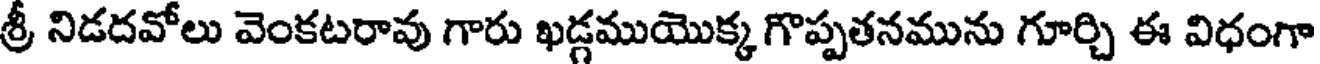
శ్రీ నిడదవోలు వెంకటరావు గారు ఖడ్గముయొక్క గొప్పతనమును గూర్చి ఈ విధంగా